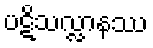
ပဋိသလ္လာနဿ